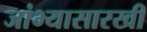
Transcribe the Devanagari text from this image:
जांभ्यासारखी